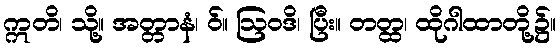
ဣတိ၊ သို့။ အတ္တာနံ၊ ဝ်။ ဩဝဒိ၊ ပြီး။ တတ္ထ၊ ထိုဂါထာတို့၌။